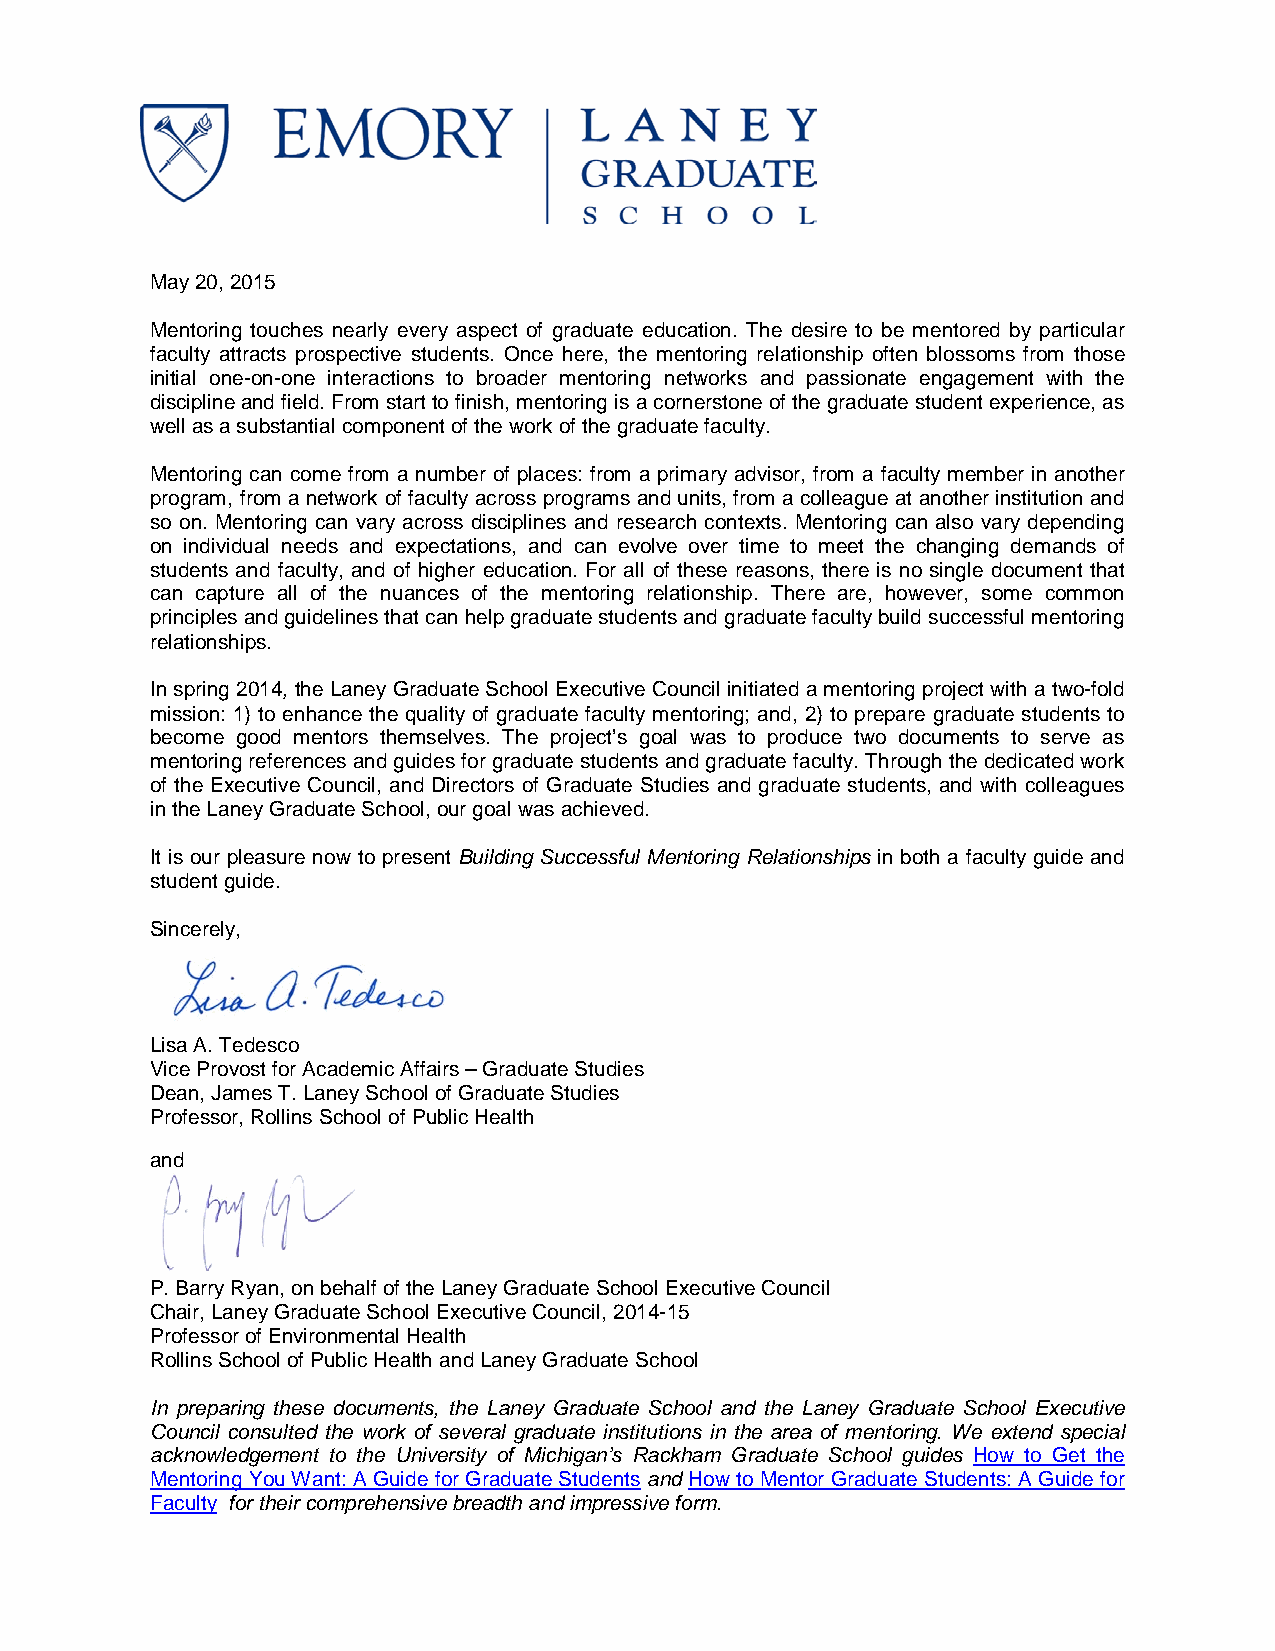
May 20, 2015
 Mentoring touches nearly every aspect of graduate education. The desire to be mentored by particular
 faculty attracts prospective students. Once here, the mentoring relationship often blossoms from those
 initial one-on-one interactions to broader mentoring networks and passionate engagement with the
 discipline and field. From start to finish, mentoring is a cornerstone of the graduate student experience, as
 well as a substantial component of the work of the graduate faculty.
 Mentoring can come from a number of places: from a primary advisor, from a faculty member in another
 program, from a network of faculty across programs and units, from a colleague at another institution and
 so on. Mentoring can vary across disciplines and research contexts. Mentoring can also vary depending
 on individual needs and expectations, and can evolve over time to meet the changing demands of
 students and faculty, and of higher education. For all of these reasons, there is no single document that
 can capture all of the nuances of the mentoring relationship. There are, however, some common
 principles and guidelines that can help graduate students and graduate faculty build successful mentoring
 relationships.
 In spring 2014, the Laney Graduate School Executive Council initiated a mentoring project with a two-fold
 mission: 1) to enhance the quality of graduate faculty mentoring; and, 2) to prepare graduate students to
 become good mentors themselves. The project’s goal was to produce two documents to serve as
 mentoring references and guides for graduate students and graduate faculty. Through the dedicated work
 of the Executive Council, and Directors of Graduate Studies and graduate students, and with colleagues
 in the Laney Graduate School, our goal was achieved.
 It is our pleasure now to present Building Successful Mentoring Relationships in both a faculty guide and
 student guide.
 Sincerely,
 Lisa A. Tedesco
 Vice Provost for Academic Affairs – Graduate Studies
 Dean, James T. Laney School of Graduate Studies
 Professor, Rollins School of Public Health
 and
 P. Barry Ryan, on behalf of the Laney Graduate School Executive Council
 Chair, Laney Graduate School Executive Council, 2014-15
 Professor of Environmental Health
 Rollins School of Public Health and Laney Graduate School
 In preparing these documents, the Laney Graduate School and the Laney Graduate School Executive
 Council consulted the work of several graduate institutions in the area of mentoring. We extend special
 acknowledgement to the University of Michigan’s Rackham Graduate School guides How to Get the
 Mentoring You Want: A Guide for Graduate Students and How to Mentor Graduate Students: A Guide for
 Faculty for their comprehensive breadth and impressive form.